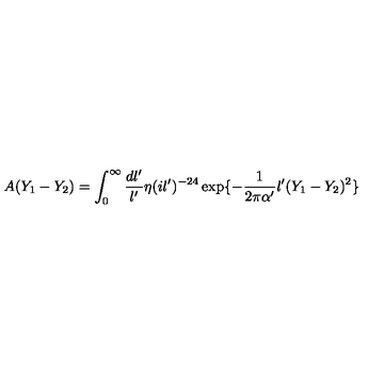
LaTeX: A ( Y _ { 1 } - Y _ { 2 } ) = \int _ { 0 } ^ { \infty } \frac { d l ^ { \prime } } { l ^ { \prime } } \eta ( i l ^ { \prime } ) ^ { - 2 4 } \exp \{ - \frac { 1 } { 2 \pi \alpha ^ { \prime } } l ^ { \prime } ( Y _ { 1 } - Y _ { 2 } ) ^ { 2 } \}